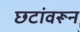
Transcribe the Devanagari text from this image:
छटांवरून